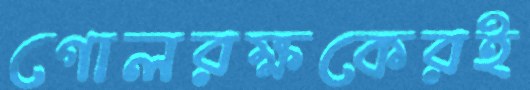
গোলরক্ষকেরই